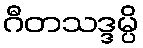
ဂီတသဒ္ဒမ္ပိ